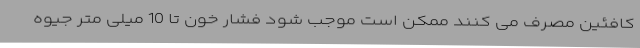
کافئین مصرف می کنند ممکن است موجب شود فشار خون تا 10 میلی متر جیوه